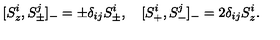
[ S \sp i \sb z , S \sp j \sb \pm ] \sb - = \pm \delta \sb { i j } S \sp i \sb \pm , \quad [ S \sp i \sb + , S \sp j \sb - ] \sb - = 2 \delta \sb { i j } S \sp i \sb z .